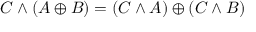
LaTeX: C \land ( A \oplus B ) = ( C \land A ) \oplus ( C \land B )